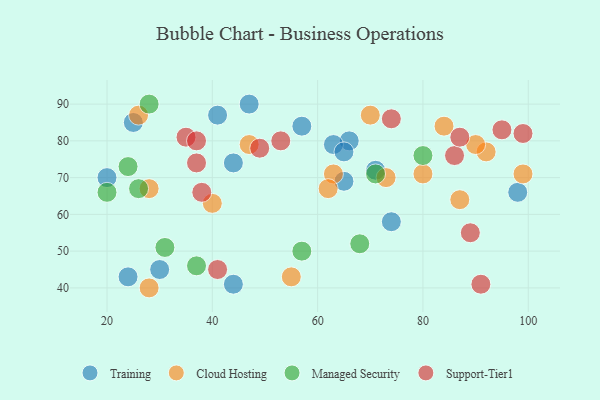
{"axis": {"x": "GDP", "y": "Life Expectancy"}, "legend": ["Cloud Hosting", "Managed Security", "Support-Tier1", "Training"], "data": [{"x": "66", "y": 80, "type": "Training"}, {"x": "41", "y": 87, "type": "Training"}, {"x": "20", "y": 70, "type": "Training"}, {"x": "57", "y": 84, "type": "Training"}, {"x": "25", "y": 85, "type": "Training"}, {"x": "65", "y": 69, "type": "Training"}, {"x": "47", "y": 90, "type": "Training"}, {"x": "30", "y": 45, "type": "Training"}, {"x": "63", "y": 79, "type": "Training"}, {"x": "44", "y": 41, "type": "Training"}, {"x": "71", "y": 72, "type": "Training"}, {"x": "24", "y": 43, "type": "Training"}, {"x": "98", "y": 66, "type": "Training"}, {"x": "44", "y": 74, "type": "Training"}, {"x": "74", "y": 58, "type": "Training"}, {"x": "65", "y": 77, "type": "Training"}, {"x": "84", "y": 84, "type": "Cloud Hosting"}, {"x": "87", "y": 64, "type": "Cloud Hosting"}, {"x": "40", "y": 63, "type": "Cloud Hosting"}, {"x": "92", "y": 77, "type": "Cloud Hosting"}, {"x": "26", "y": 87, "type": "Cloud Hosting"}, {"x": "55", "y": 43, "type": "Cloud Hosting"}, {"x": "28", "y": 67, "type": "Cloud Hosting"}, {"x": "47", "y": 79, "type": "Cloud Hosting"}, {"x": "99", "y": 71, "type": "Cloud Hosting"}, {"x": "90", "y": 79, "type": "Cloud Hosting"}, {"x": "73", "y": 70, "type": "Cloud Hosting"}, {"x": "63", "y": 71, "type": "Cloud Hosting"}, {"x": "62", "y": 67, "type": "Cloud Hosting"}, {"x": "80", "y": 71, "type": "Cloud Hosting"}, {"x": "28", "y": 40, "type": "Cloud Hosting"}, {"x": "70", "y": 87, "type": "Cloud Hosting"}, {"x": "24", "y": 73, "type": "Managed Security"}, {"x": "71", "y": 71, "type": "Managed Security"}, {"x": "68", "y": 52, "type": "Managed Security"}, {"x": "28", "y": 90, "type": "Managed Security"}, {"x": "80", "y": 76, "type": "Managed Security"}, {"x": "20", "y": 66, "type": "Managed Security"}, {"x": "57", "y": 50, "type": "Managed Security"}, {"x": "37", "y": 46, "type": "Managed Security"}, {"x": "31", "y": 51, "type": "Managed Security"}, {"x": "26", "y": 67, "type": "Managed Security"}, {"x": "86", "y": 76, "type": "Support-Tier1"}, {"x": "91", "y": 41, "type": "Support-Tier1"}, {"x": "38", "y": 66, "type": "Support-Tier1"}, {"x": "89", "y": 55, "type": "Support-Tier1"}, {"x": "87", "y": 81, "type": "Support-Tier1"}, {"x": "35", "y": 81, "type": "Support-Tier1"}, {"x": "95", "y": 83, "type": "Support-Tier1"}, {"x": "41", "y": 45, "type": "Support-Tier1"}, {"x": "37", "y": 80, "type": "Support-Tier1"}, {"x": "74", "y": 86, "type": "Support-Tier1"}, {"x": "49", "y": 78, "type": "Support-Tier1"}, {"x": "99", "y": 82, "type": "Support-Tier1"}, {"x": "53", "y": 80, "type": "Support-Tier1"}, {"x": "37", "y": 74, "type": "Support-Tier1"}]}